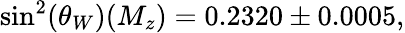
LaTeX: \sin^{2}(\theta_{W})(M_{z})=0.2320\pm 0.0005,